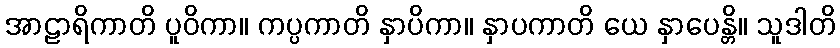
အာဠာရိကာတိ ပူဝိကာ။ ကပ္ပကာတိ နှာပိကာ။ နှာပကာတိ ယေ နှာပေန္တိ။ သူဒါတိ